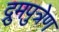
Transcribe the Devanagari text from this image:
द्रुमपुत्रेण